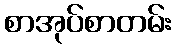
စာအုပ်စာတမ်း